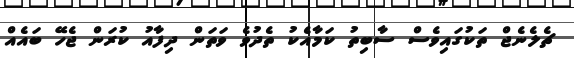
ޗެލެނެޖް ތަކުގައިވެސް ސާބިތު ކަމާއެކު ތެދުވެ ވަތަން ދިފާއު ކުރަން ޖެހޭ ބައެއް